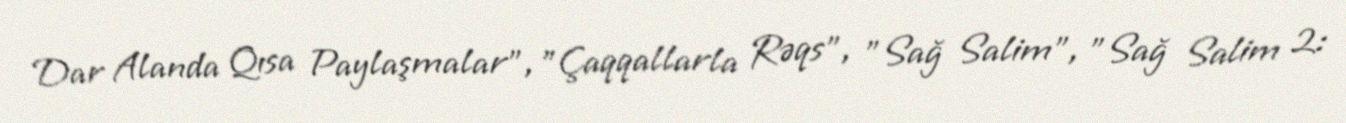
Dar Alanda Qısa Paylaşmalar", "Çaqqallarla Rəqs", "Sağ Salim", "Sağ Salim 2: